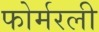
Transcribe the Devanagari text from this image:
फोर्मरली